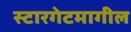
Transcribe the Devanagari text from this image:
स्टारगेटमागील